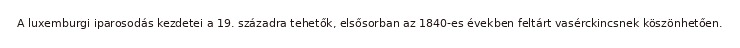
A luxemburgi iparosodás kezdetei a 19. századra tehetők, elsősorban az 1840-es években feltárt vasérckincsnek köszönhetően.